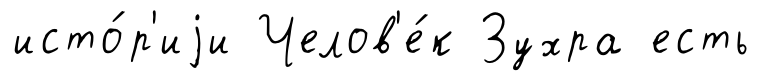
исто́р'иjи Челов'е́к Зухра есть